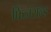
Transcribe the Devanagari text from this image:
फिजराल्ड